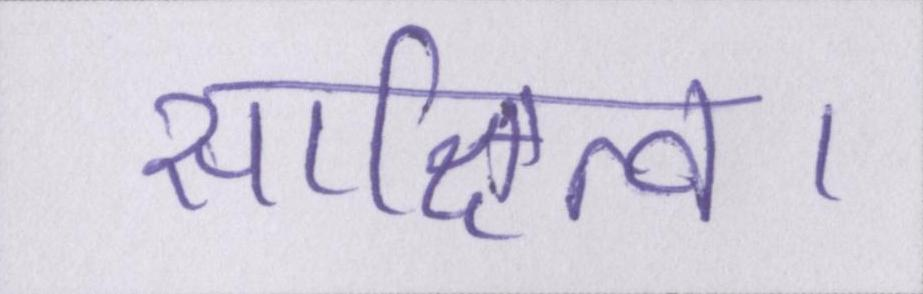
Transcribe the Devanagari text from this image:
साक्षित्व।